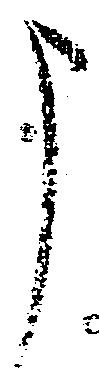
申